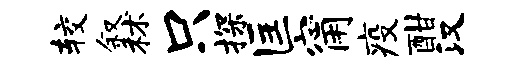
较叙秫只探匡甯疫酣汉